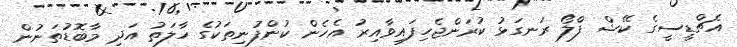
އެޗްޑީސީގެ ކޭޝް ފްލޯ ރަނގަޅު ކުރަންޖެހިފައިވާއިރު އެހެން ކުންފުނިތަކުގެ ހާލަތު އަދި މާބޮޑުތަނުން